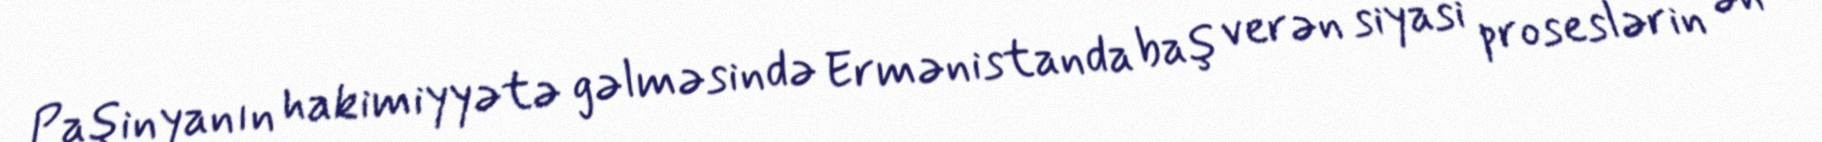
Paşinyanın hakimiyyətə gəlməsində Ermənistanda baş verən siyasi proseslərin ən